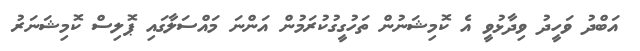
އަބްދު ވަހީދު ވިދާޅުވީ އެ ކޮމިޝަނުން ތަހުގީގުކުރަމުން އަންނަ މައްސަލާގައި ޕޮލިސް ކޮމިޝަނަރު